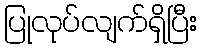
ပြုလုပ်လျက်ရှိပြီး